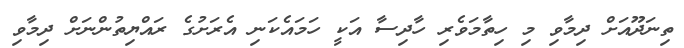
ތިނަދޫއަށް ދިމާވި މި ހިތާމަވެރި ހާދިސާ އަކީ ހަމައެކަނި އެރަށުގެ ރައްޔިތުންނަށް ދިމާވި